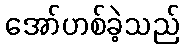
အော်ဟစ်ခဲ့သည်